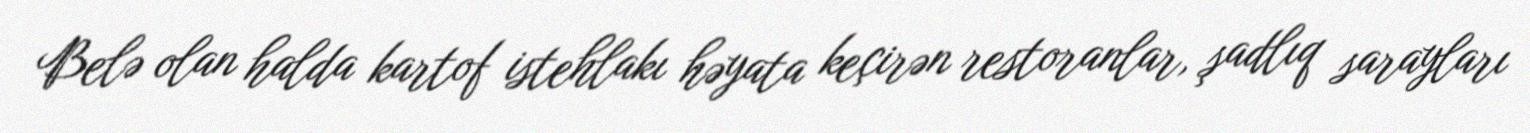
Belə olan halda kartof istehlakı həyata keçirən restoranlar, şadlıq sarayları